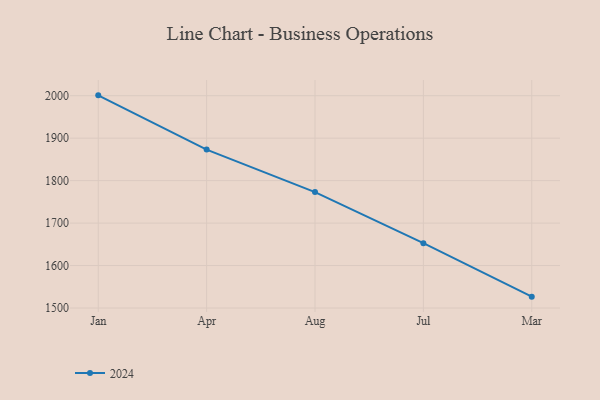
{"axis": {"x": "Month", "y": "Temperature (°C)"}, "legend": ["2024"], "data": [{"x": "Jan", "y": 2000.8, "type": "2024"}, {"x": "Apr", "y": 1873.0, "type": "2024"}, {"x": "Aug", "y": 1773.1, "type": "2024"}, {"x": "Jul", "y": 1652.7, "type": "2024"}, {"x": "Mar", "y": 1526.8, "type": "2024"}]}